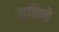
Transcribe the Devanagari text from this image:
सक्तिचे